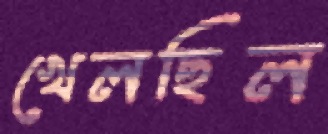
খেলছিল